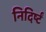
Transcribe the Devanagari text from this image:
निदिर्ष्टं